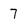
Character: 7